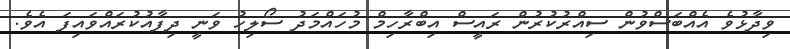
ވިދާޅުވެ އެއްބަސްވުން ސިއްރުކުރުން ރައީސް އިބްރާހިމް މުހައްމަދު ސޯލިހު ވަނީ ދިފާއުކުރައްވައިފަ އެވެ.